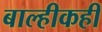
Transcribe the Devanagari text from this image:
बाल्हीकही